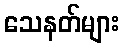
သေနတ်များ